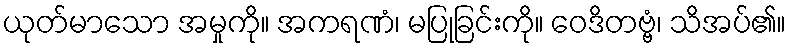
ယုတ်မာသော အမှုကို။ အကရဏံ၊ မပြုခြင်းကို။ ဝေဒိတဗ္ဗံ၊ သိအပ်၏။